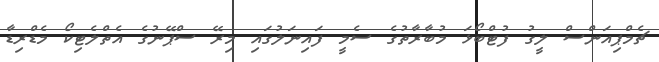
ޗެމްޕިއަންސް ލީގު ފުޓްބޯޅަ މުބާރާތުގެ ސެމީ ފައިނަލުގައި މިރޭ ސްޕޭނުގެ އެތްލެޓިކޯ މެޑްރިޑާ